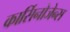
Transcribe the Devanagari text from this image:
कार्सिनोजेन्स